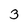
Character: 3